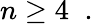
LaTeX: n\geq 4\; \; .